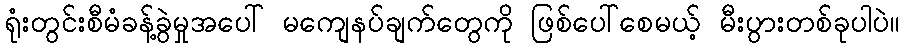
ရုံးတွင်းစီမံခန့်ခွဲမှုအပေါ် မကျေနပ်ချက်တွေကို ဖြစ်ပေါ်စေမယ့် မီးပွားတစ်ခုပါပဲ။